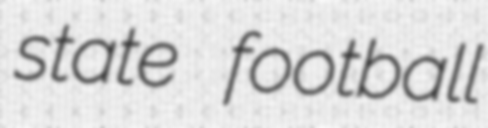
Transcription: state football